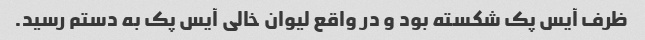
ظرف آیس پک شکسته بود و در واقع لیوان خالی آیس پک به دستم رسید.